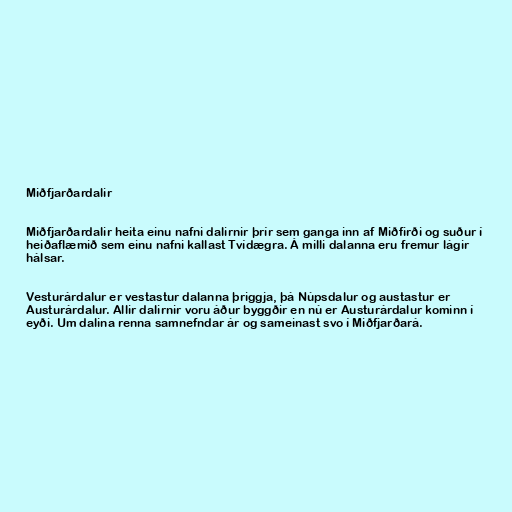
Miðfjarðardalir

Miðfjarðardalir heita einu nafni dalirnir þrír sem ganga inn af Miðfirði og suður í
heiðaflæmið sem einu nafni kallast Tvídægra. Á milli dalanna eru fremur lágir
hálsar.

Vesturárdalur er vestastur dalanna þriggja, þá Núpsdalur og austastur er
Austurárdalur. Allir dalirnir voru áður byggðir en nú er Austurárdalur kominn í
eyði. Um dalina renna samnefndar ár og sameinast svo í Miðfjarðará.